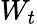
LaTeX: \textstyle W_{t}